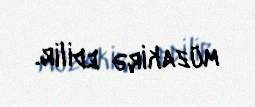
müzakirə edilir.